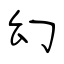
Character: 幻